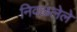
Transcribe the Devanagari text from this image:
निवळलेले